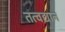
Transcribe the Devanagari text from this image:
तत्वद्यान